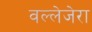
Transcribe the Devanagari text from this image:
वल्लेजेरा